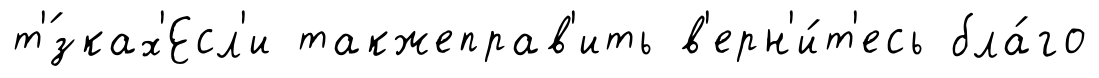
т'́зках'Есл'и такжеправ'ить в'ерн'и́т'есь бла́го